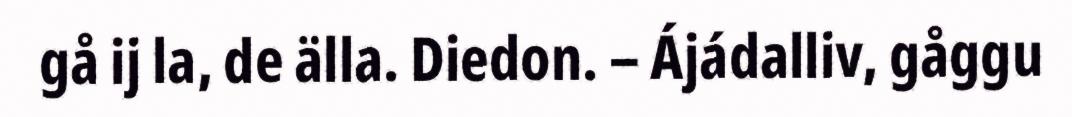
gå ij la, de älla. Diedon. – Ájádalliv, gåggu